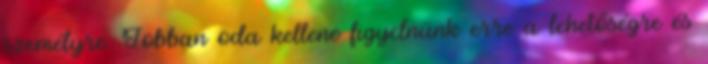
személyre. Jobban oda kellene figyelnünk erre a lehetőségre és